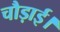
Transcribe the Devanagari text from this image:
चौड़ाई।